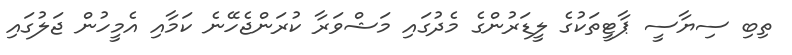
ތިބި ސިޔާސީ ޕާޓީތަކުގެ ލީޑަރުންގެ މެދުގައި މަޝްވަރާ ކުރަންޖެހޭނެ ކަމާއި އެމީހުން ޖަލުގައި